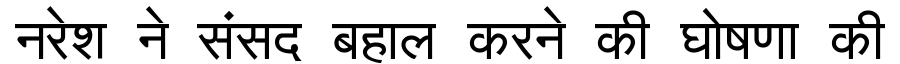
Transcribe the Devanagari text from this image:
नरेश ने संसद बहाल करने की घोषणा की